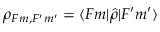
\rho _ { F m , F ^ { \prime } m ^ { \prime } } = \langle F m | \hat { \rho } | F ^ { \prime } m ^ { \prime } \rangle